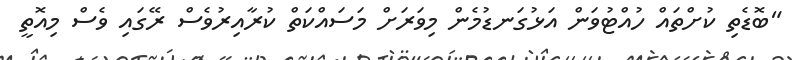
"ބޮޑެތި ކުށްތައް ހުއްޓުވަން އަޅުގަނޑުމެން މިވަރަށް މަސައްކަތް ކުރާއިރުވެސް ރޭގައި ވެސް މިއޮތީ